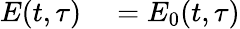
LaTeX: \begin{array}{rl}{E(t,\tau)}&{{}=E_{0}(t,\tau)}\end{array}